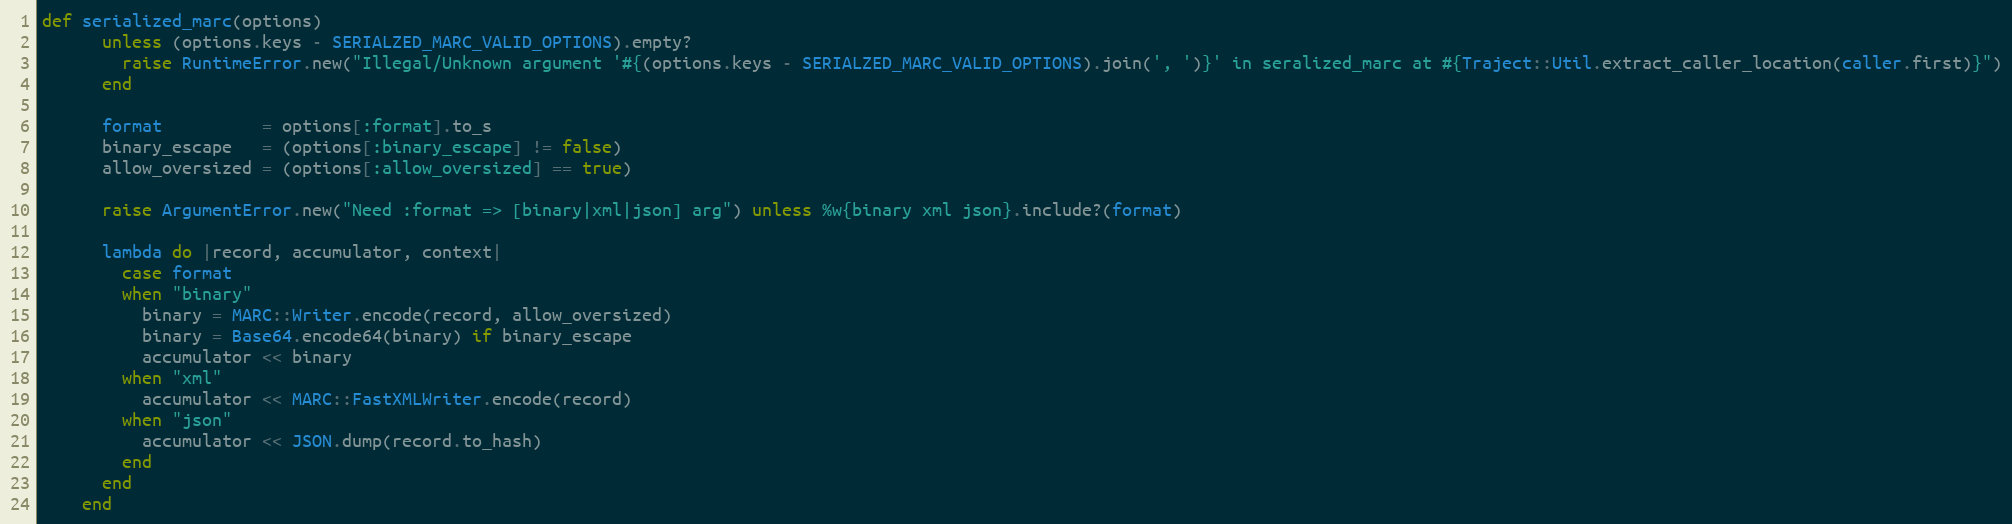
Language: Ruby
def serialized_marc(options)
      unless (options.keys - SERIALZED_MARC_VALID_OPTIONS).empty?
        raise RuntimeError.new("Illegal/Unknown argument '#{(options.keys - SERIALZED_MARC_VALID_OPTIONS).join(', ')}' in seralized_marc at #{Traject::Util.extract_caller_location(caller.first)}")
      end

      format          = options[:format].to_s
      binary_escape   = (options[:binary_escape] != false)
      allow_oversized = (options[:allow_oversized] == true)

      raise ArgumentError.new("Need :format => [binary|xml|json] arg") unless %w{binary xml json}.include?(format)

      lambda do |record, accumulator, context|
        case format
        when "binary"
          binary = MARC::Writer.encode(record, allow_oversized)
          binary = Base64.encode64(binary) if binary_escape
          accumulator << binary
        when "xml"
          accumulator << MARC::FastXMLWriter.encode(record)
        when "json"
          accumulator << JSON.dump(record.to_hash)
        end
      end
    end